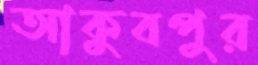
আকুবপুর